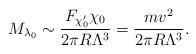
LaTeX: \begin{align*}M_{\lambda_0} \sim {F_{\chi'_0} \chi_0 \over 2 \pi R \Lambda^3} ={m v^2 \over 2 \pi R \Lambda^3} .\end{align*}